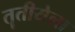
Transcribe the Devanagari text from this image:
तॄतीयेला